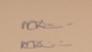
Signature authenticity: genuine